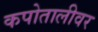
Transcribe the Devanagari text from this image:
कपोतालीवर